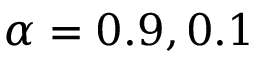
\alpha = 0 . 9 , 0 . 1